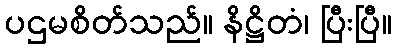
ပဌမစိတ်သည်။ နိဋ္ဌိတံ၊ ပြီးပြီ။